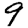
Digit: 9